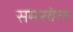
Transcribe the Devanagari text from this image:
समरवेल